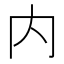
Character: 内